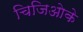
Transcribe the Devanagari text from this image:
चिजिओके